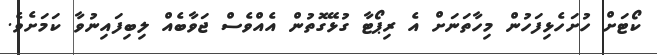
ކޯޓަށް ހުށަހެޅިފަހުން މިހާތަނަށް އެ ރިޕޯޓާ ގުޅޭގޮތުން އެއްވެސް ޖަވާބެއް ލިބިފައިނުވާ ކަމަށެވެ.